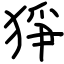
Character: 猙